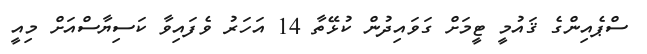
ސްޕެއިންގެ ޤައުމީ ޓީމަށް ގަވައިދުން ކުޅޭތާ 14 އަހަރު ވެފައިވާ ކަސިޔާސްއަށް މިއީ